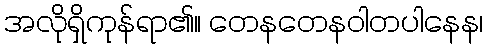
အလိုရှိကုန်ရာ၏။ တေနတေနဝါတပါနေန၊